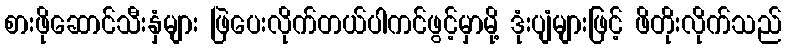
စားဖိုဆောင်သီးနှံများ ဖြဲပေးလိုက်တယ်ပါကင်ဖွင့်မှာမို့ ဒုံးပျံများဖြင့် ဖိတိုးလိုက်သည်